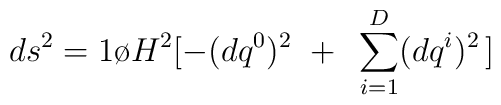
ds^2 = {1\o {H^2} }[ - (dq^0)^2 ~+~ \sum_{i=1}^{D} (dq^i)^2 \, ]